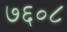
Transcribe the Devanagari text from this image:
७६०८